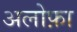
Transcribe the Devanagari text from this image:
अलोफ़ा